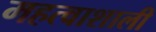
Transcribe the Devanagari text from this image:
महत्वाशाली